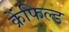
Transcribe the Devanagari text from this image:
क्रेंफिल्ड